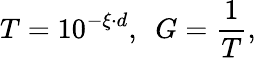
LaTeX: T=10^{-\xi\cdot d},\, \, \, G=\frac{1}{T},